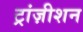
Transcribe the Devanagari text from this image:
ट्रांज़ीशन